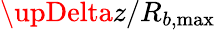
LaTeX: \upDelta z/R_{b,\operatorname*{max}}